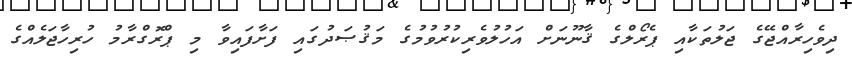
ދިވެހިރާއްޖޭގެ ޖަލުތަކާއި ޕެރޯލްގެ ޤާނޫނަށް އަހުލުވެރިކުރުވުމުގެ މަޤުޞަދުގައި ފަށާފައިވާ މި ޕްރޮގްރާމު ހުރިހާޖަލެއްގެ